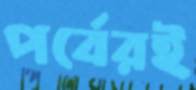
পর্বেরই